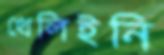
খেলিইনি